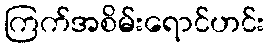
ကြက်အစိမ်းရောင်ဟင်း